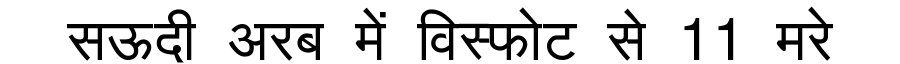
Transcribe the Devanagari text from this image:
सऊदी अरब में विस्फोट से 11 मरे